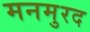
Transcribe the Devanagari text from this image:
मनमुरद